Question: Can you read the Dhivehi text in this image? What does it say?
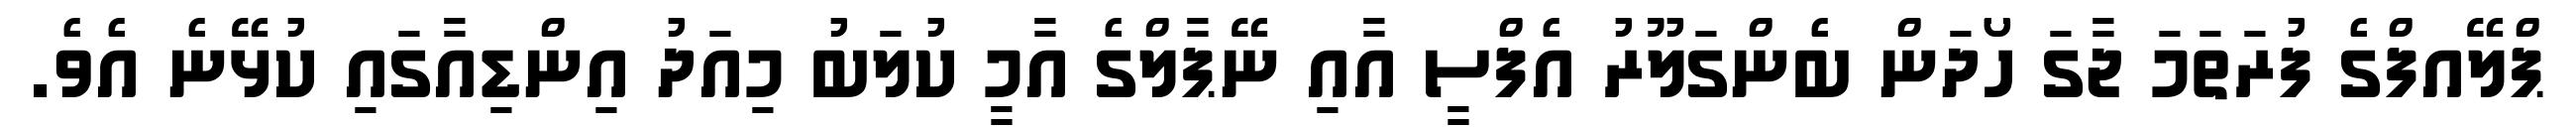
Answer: ޕްލޭއފްގެ ފުރަތަމަ ޖާގަ ހޯދަން ބެންގަލޫރު އެފްސީ އާއި ނޭޕާލްގެ އާމީ ކުލަބު މިއަދު އިންޑިއާގައި ކުޅޭނެ އެވެ.